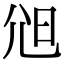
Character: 𡯒